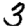
Digit: 3